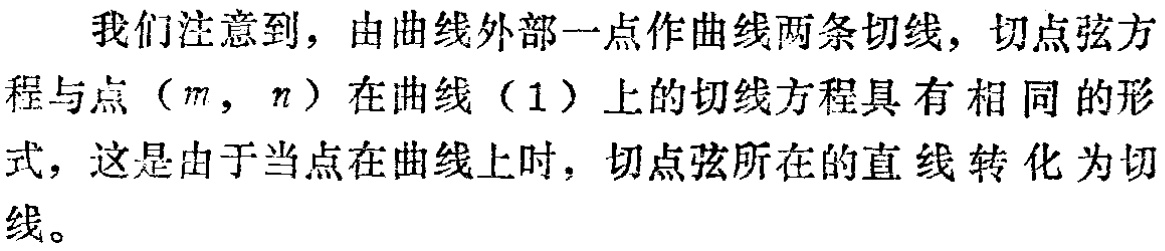
我们注意到，由曲线外部一点作曲线两条切线，切点弦方程与点（\(m\)，\(n\)）在曲线（1）上的切线方程具有相同的形式，这是由于当点在曲线上时，切点弦所在的直线转化为切线。